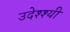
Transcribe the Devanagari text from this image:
उदेश्श्यी